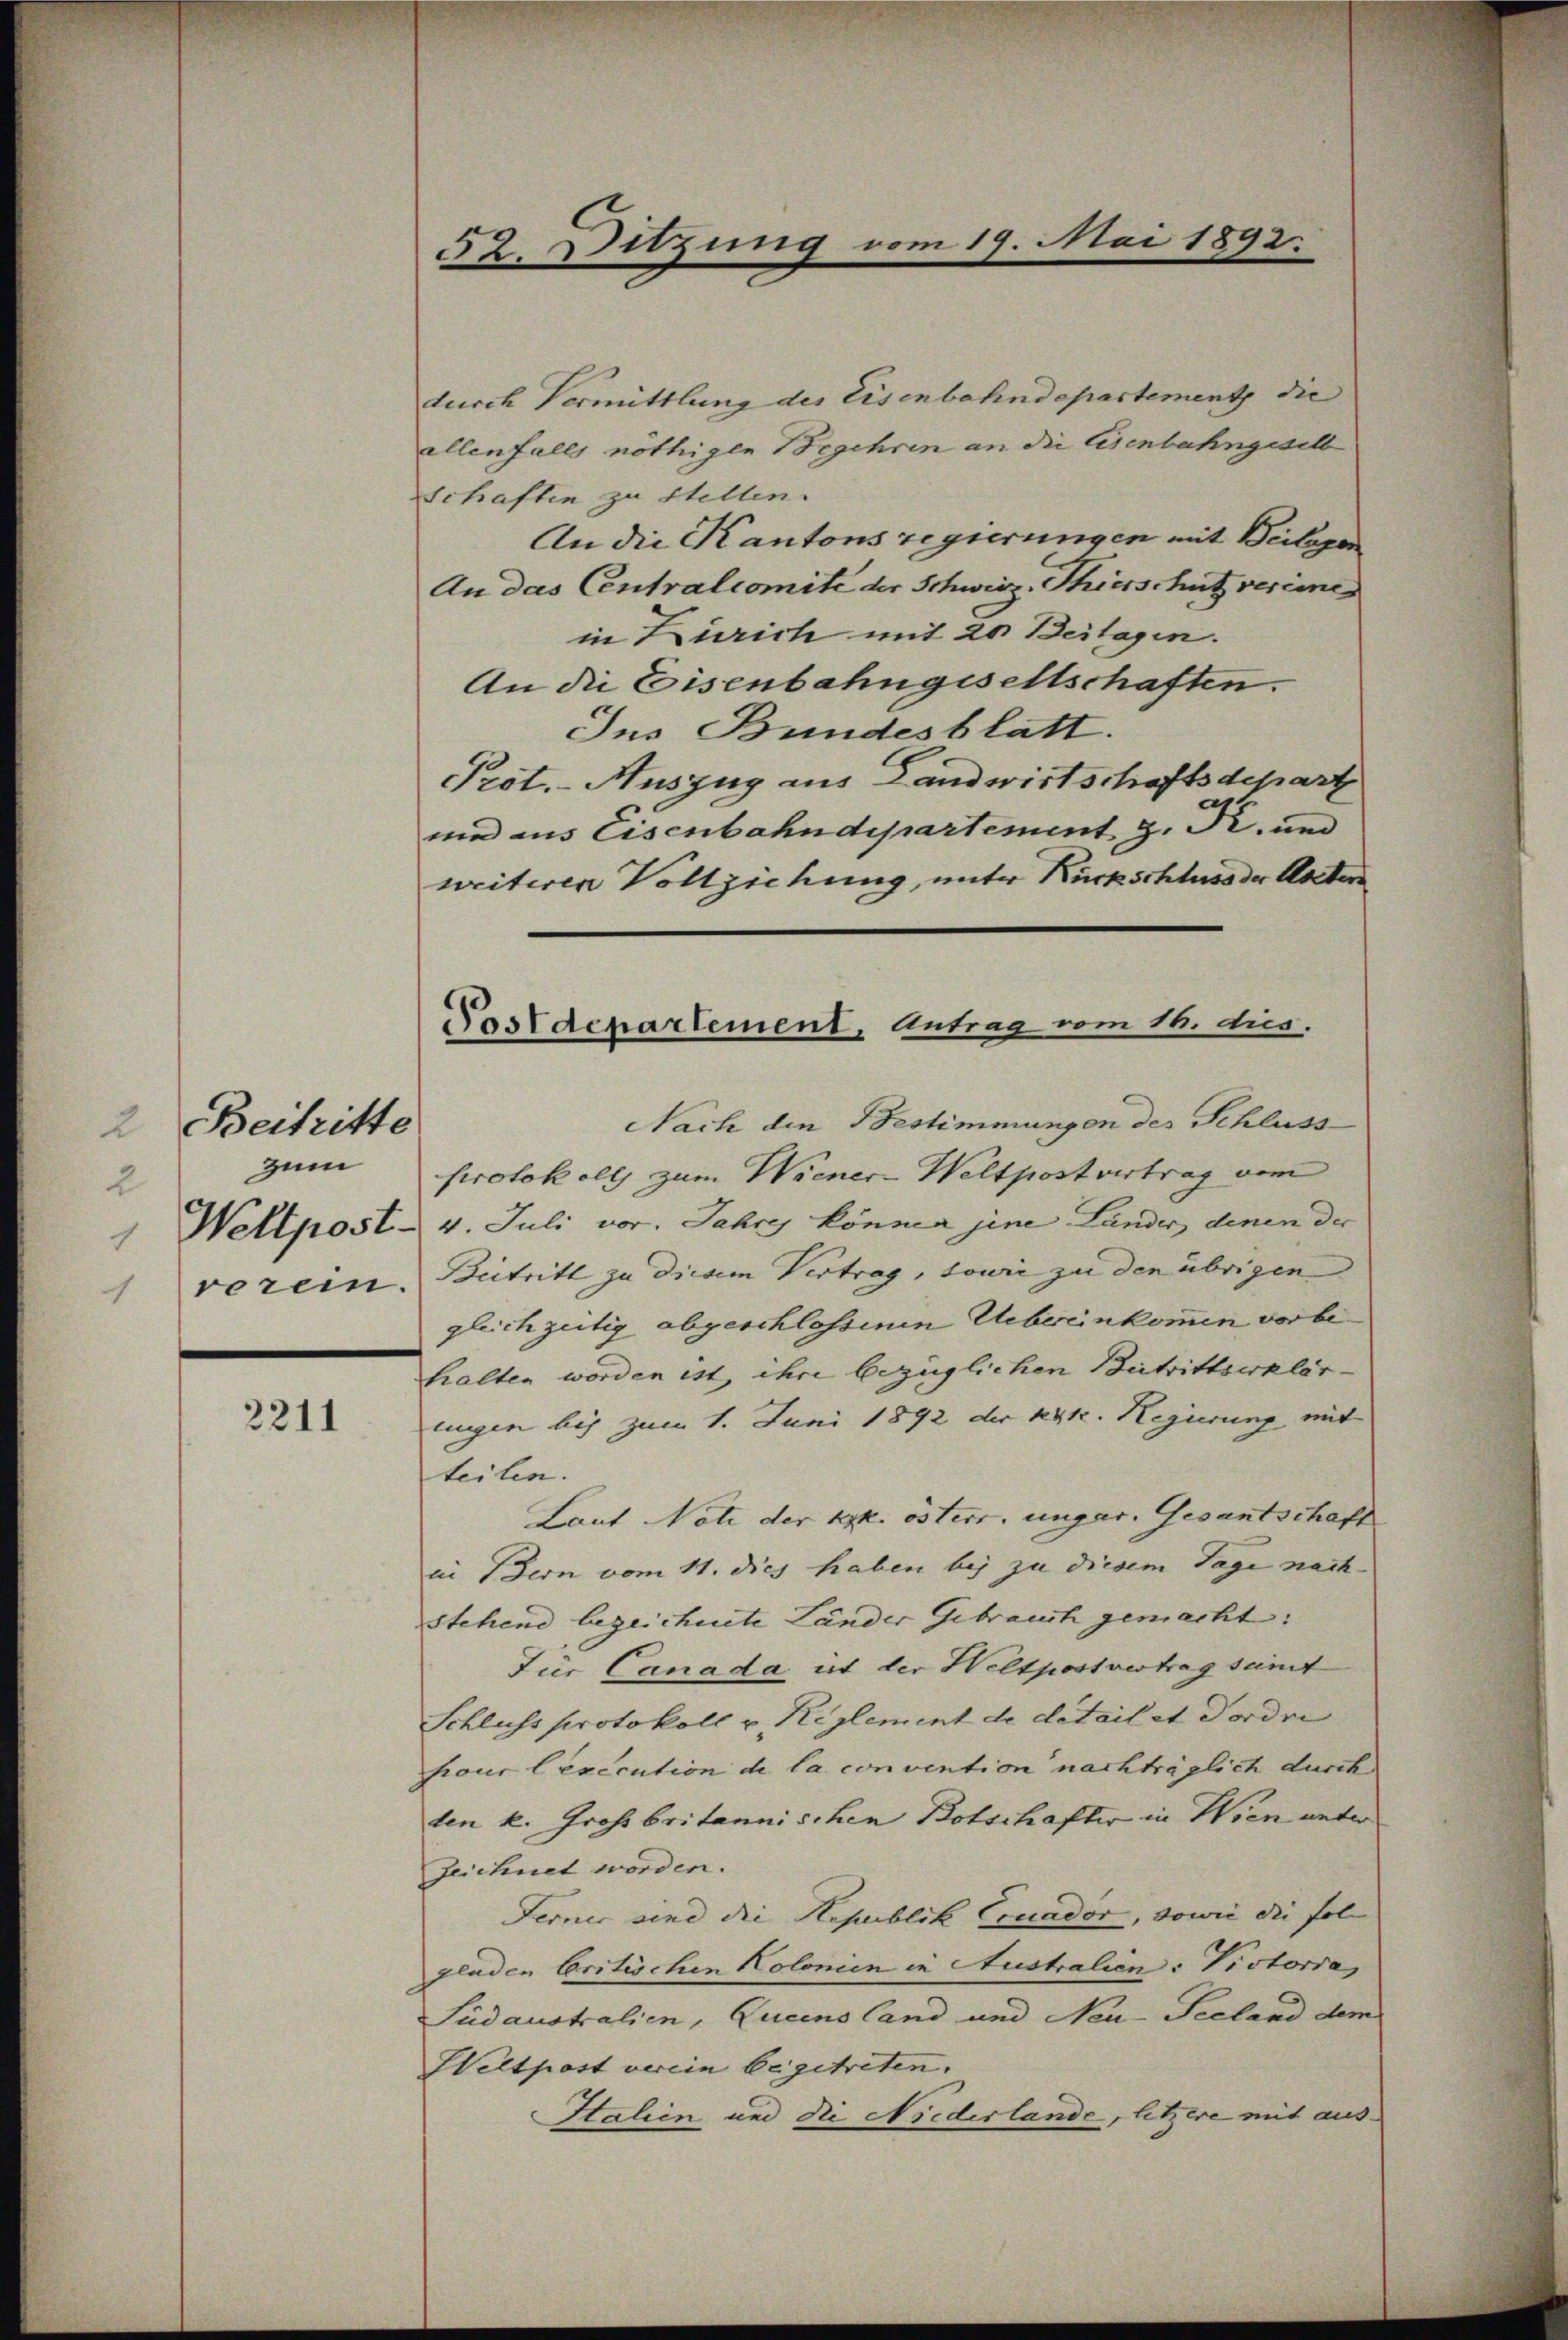
2. Beitritte
zum
2
 Wellpost.
verei.

2211

52. Sitzung vom 19. Mai 1892.

Postdepartement, Antrag vom 16. dies.

durch Vermittlung des Eisenbahndepartement die
allenfalls nöthigen Begehren an die Eisenbahngeselb
Schaften zu stellen.
An die Kantons regierungen mit Beilagen
An das Centralcomite der Schweiz. Thierschutz vereine
in Zürich mit 20 Beilagen.
An die Eisenbahngesellschaften.
Ins Bundesblatt.
Prot. - Auszug aus Landwirtschaftsdepart
mir aus Eisenbahndepartement z. Pr. und
weiteren Vollziehung, unter Rückschluss der Ansten
Nach den Bestimmungen des Schluss
Protokolls zum Wiener-Weltpost vertrag vom
4. Juli vor. Jahres können jene Länder denen der
Beitritt zu diesem Vertrag, sowie zu den übrigen
gleichzeitig abgeschlossenen Uebereinkommen vor behalten worden ist, ihre bezüglichen Beitrittserklär-
lugen bis zum 1. Juni 1892 der k.k. Regierung mit
teilen.
Laut Nati der kk. österr. ungar. Gesantschaft
in Bern vom 11. dies haben bei zu diesem Tage nach-
stehend bezeichnete Länder Gebrauch gemacht:
Für Canada ist der Heltpostvertrag samt
Schluss protokoll u Reglement de detailet dordri
four lexecution de la convention nachträglich durch
len k. Großbritannischen Botschafter in Wien unter
Zeichnet worden.
Ferner sind die Republik Couador, sowie die fol- |
gladen Critischen Kolonien in Australien: Pistoria,
Sudaustralien, Luceno land und Neu-Seeland dem
Weltpost verein beigetreten.
Italien und die Niederlande, letzere mit aus